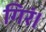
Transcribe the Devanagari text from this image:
गिरं।